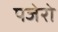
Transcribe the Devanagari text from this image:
पजेरो